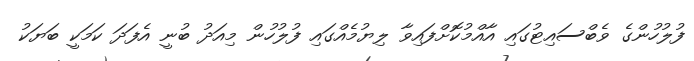
ފުލުހުންގެ ވެބްސައިޓުގައި އާއްމުކޮށްފައިވާ ލިޔުމެއްގައި ފުލުހުން މިއަދު ބުނީ އެފަދަ ކަމަކީ ބަޔަކު